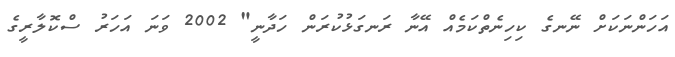
އަހަންނަކަށް ނޭނގެ ކިހިނެތްކަމެއް އޭނާ ރަނގަޅުކުރަން ހަދާނީ" 2002 ވަނަ އަހަރު ސްކޮލާރީގެ